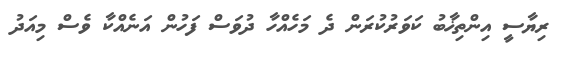
ރިޔާސީ އިންތިޚާބު ކަވަރުކުރަން ދެ މަހެއްހާ ދުވަސް ފަހުން އަނެއްކާ ވެސް މިއަދު